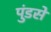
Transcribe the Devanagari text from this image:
पुंडसे